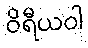
ဝိရီယဝါ